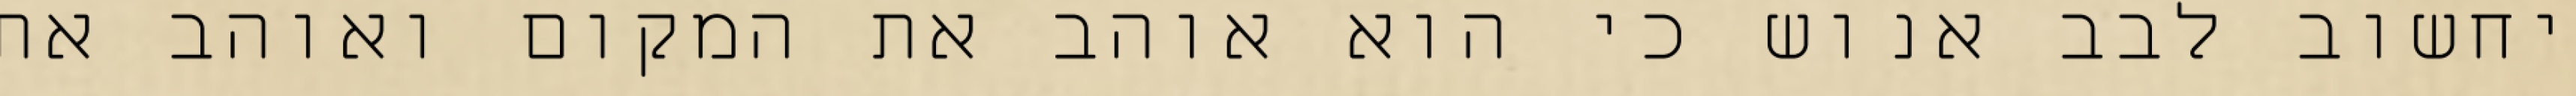
יחשוב לבב אנוש כי הוא אוהב את המקום ואוהב את